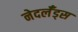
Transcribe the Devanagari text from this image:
नेदर्लँड्स